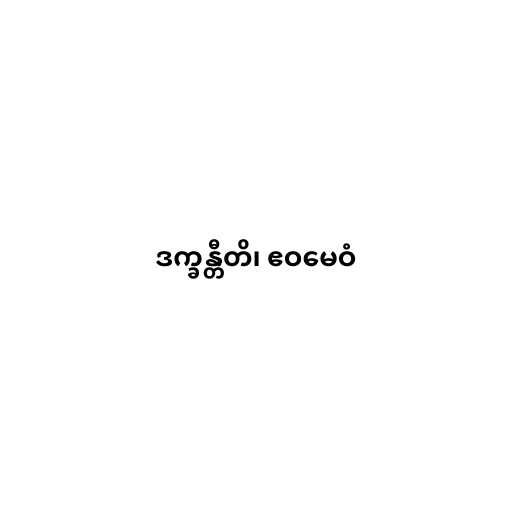
ဒက္ခန္တီတိ၊ ဧဝမေဝံ